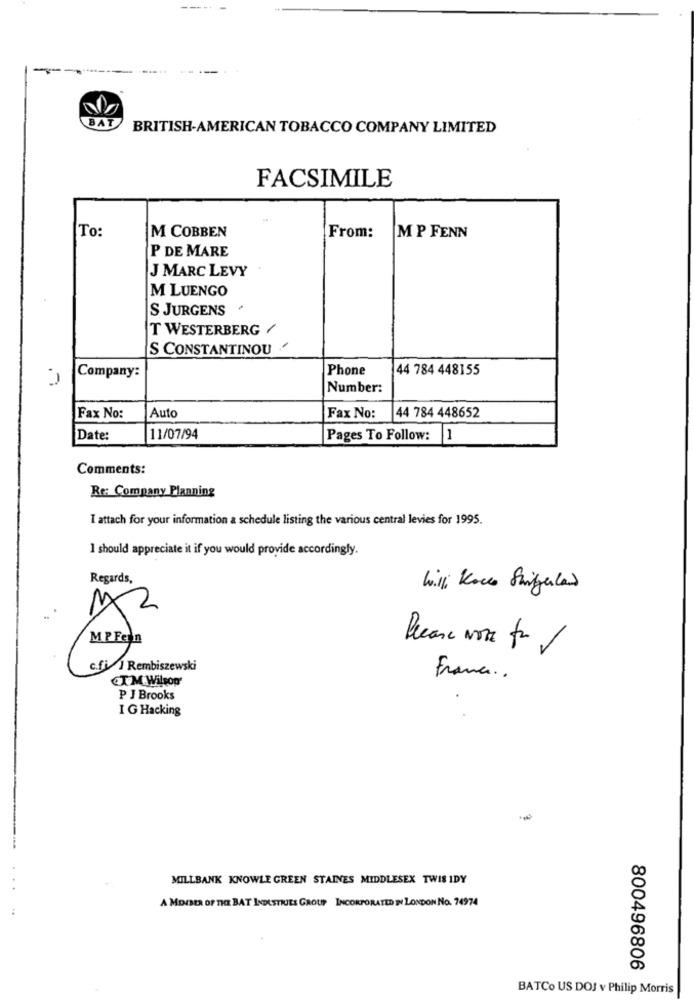
BAT
BRITISH-AMERICAN TOBACCO COMPANY LIMITED
FACSIMILE
To:
M COBBEN
From:
MP FENN
P DE MARE
J MARC LEVY
M LUENGO
S JURGENS
T WESTERBERG /
S CONSTANTINOU
Company:
Phone
44 784 448155
Number:
Fax No:
Auto
Fax No:
44 784 448652
Date:
11/07/94
Pages To Follow: 1
Comments:
Re: Company Planning
I attach for your information a schedule listing the various central levies for 1995.
I should appreciate it if you would provide accordingly.
Regards,
MP Fein
Please Note fr 1
c.fi/ J Rembiszewski
CTM Wilson'
France ..
P J Brooks
I G Hacking
MILLBANK KNOWLE GREEN STAINES MIDDLESEX TWIS IDY
A MDISER OF THE BAT INDUSTRIES GROUP INCORPORATED IN LONDON NO. 74974
800496806
BATCo US DOJ v Philip Morris